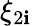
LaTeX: \xi_{2\mathbf{i}}